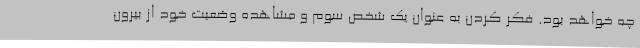
چه خواهد بود. فکر کردن به عنوان یک شخص سوم و مشاهده وضعیت خود از بیرون